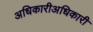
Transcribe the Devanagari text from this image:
अधिकारीअधिकारी